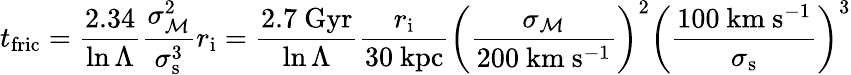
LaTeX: t_{\mathrm{fric}}={\frac{2.34}{\ln\Lambda}}{\frac{\sigma_{\mathcal{M}}^{2}}{\sigma_{\mathrm{s}}^{3}}}r_{\mathrm{i}}={\frac{2.7\ \mathrm{Gyr}}{\ln\Lambda}}{\frac{r_{\mathrm{i}}}{30\ \mathrm{kpc}}}{\bigg(}{\frac{\sigma_{\mathcal{M}}}{200\ \mathrm{km}\ \mathrm{s^{-1}}}}{\bigg)}^{2}{\bigg(}{\frac{100\mathrm{\ km\ s^{-1}}}{\sigma_{\mathrm{s}}}}{\bigg)}^{3}